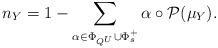
LaTeX: \begin{align*}n_Y=1-\sum_{\alpha\in\Phi_{Q^U}\cup \Phi_s^+}\alpha\circ \mathcal{P}(\mu_Y).\end{align*}